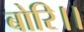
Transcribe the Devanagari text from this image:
बोरि।।